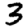
Digit: 3